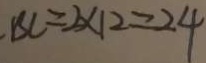
B C = 2 \times 1 2 = 2 4